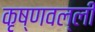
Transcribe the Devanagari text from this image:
कृष्णवल्ली